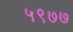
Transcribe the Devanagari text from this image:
५९७७